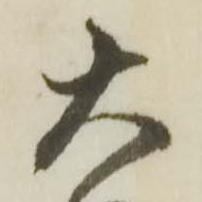
大